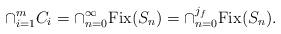
LaTeX: \begin{align*}\cap_{i=1}^{m}C_{i}=\cap_{n=0}^{\infty}\mathrm{Fix}(S_{n})=\cap_{n=0}^{j_{f}}\mathrm{Fix}(S_{n}).\end{align*}